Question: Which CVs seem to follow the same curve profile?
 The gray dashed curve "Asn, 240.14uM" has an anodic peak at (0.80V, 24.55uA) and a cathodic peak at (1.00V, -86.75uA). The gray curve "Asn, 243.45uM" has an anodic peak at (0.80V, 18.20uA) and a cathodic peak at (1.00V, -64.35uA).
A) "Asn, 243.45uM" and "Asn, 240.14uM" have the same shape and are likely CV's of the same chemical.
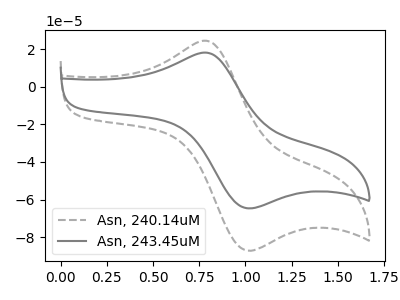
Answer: <think>All the peaks in "Asn, 240.14uM" have a peak in "Asn, 243.45uM" at the same potential. Every peak in "Asn, 240.14uM" is higher than every peak in "Asn, 243.45uM".
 </think>
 <answer>A) "Asn, 243.45uM" and "Asn, 240.14uM" have the same shape and are likely CV's of the same chemical.</answer>
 <eval>A</eval>